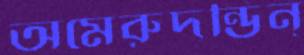
অমেরুদন্ডিন্